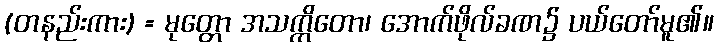
(တနည်းကား) = မုတ္တော အသက္ကိတော၊ အောက်ဖိုလ်ခဏ၌ ပယ်တော်မူ၏။